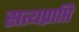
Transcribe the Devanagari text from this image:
सत्यप्राप्ति